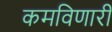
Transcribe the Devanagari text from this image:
कमविणारी